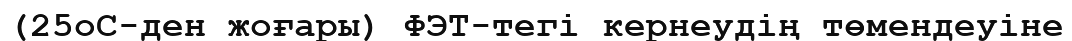
(25oС-ден жоғары) ФЭТ-тегі кернеудің төмендеуіне